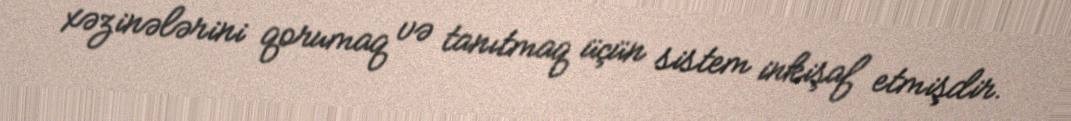
xəzinələrini qorumaq və tanıtmaq üçün sistem inkişaf etmişdir.